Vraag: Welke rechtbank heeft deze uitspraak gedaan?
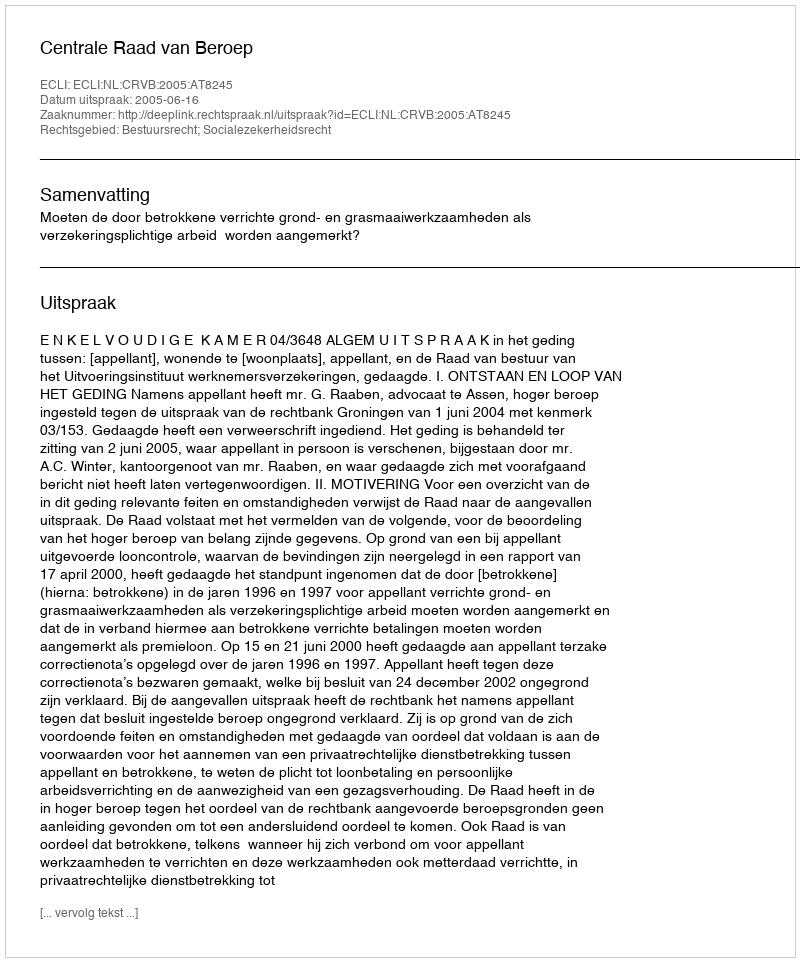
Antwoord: Centrale Raad van Beroep